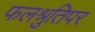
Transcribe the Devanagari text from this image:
फलश्रुतिपर